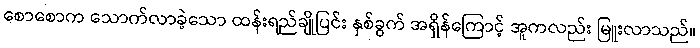
စောစောက သောက်လာခဲ့သော ထန်းရည်ချိုပြင်း နှစ်ခွက် အရှိန်ကြောင့် အူကလည်း မြူးလာသည်။